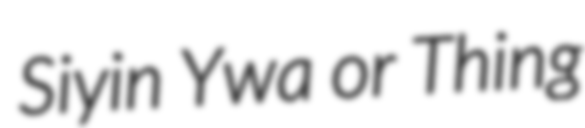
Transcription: Siyin Ywa or Thing